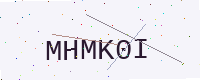
Text: MHMK0I